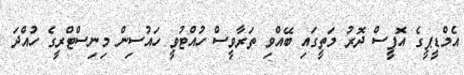
އެމްޑީޕީގެ އޮފީސް ދޮރު މަތީގައި ބޭއްވި ތަރާވީސް ހުއްޓުވީ ހައުސިން މިނިސްޓްރީގެ ހުއްދަ